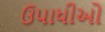
ઉપાધીઓ